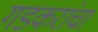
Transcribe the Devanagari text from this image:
गडकरांचा